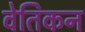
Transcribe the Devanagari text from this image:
वेतिकन